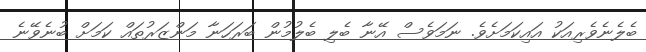
ބެލެނެވެރިއަކު އައިކަމަށެވެ. ނަމަވެސް އޭނާ ބެލި ބެލުމުން ބަރަހަނާ މަންޒަރުތައް ކަމަށް ބުނެވޭނެ